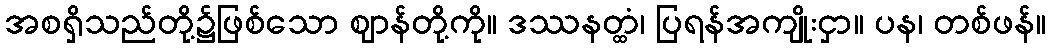
အစရှိသည်တို့၌ဖြစ်သော ဈာန်တို့ကို။ ဒဿနတ္ထံ၊ ပြရန်အကျိုးငှာ။ ပန၊ တစ်ဖန်။